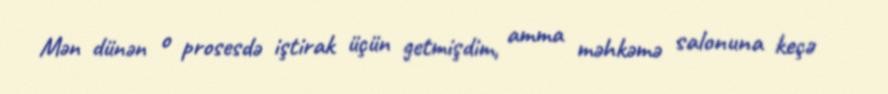
Mən dünən o prosesdə iştirak üçün getmişdim, amma məhkəmə salonuna keçə